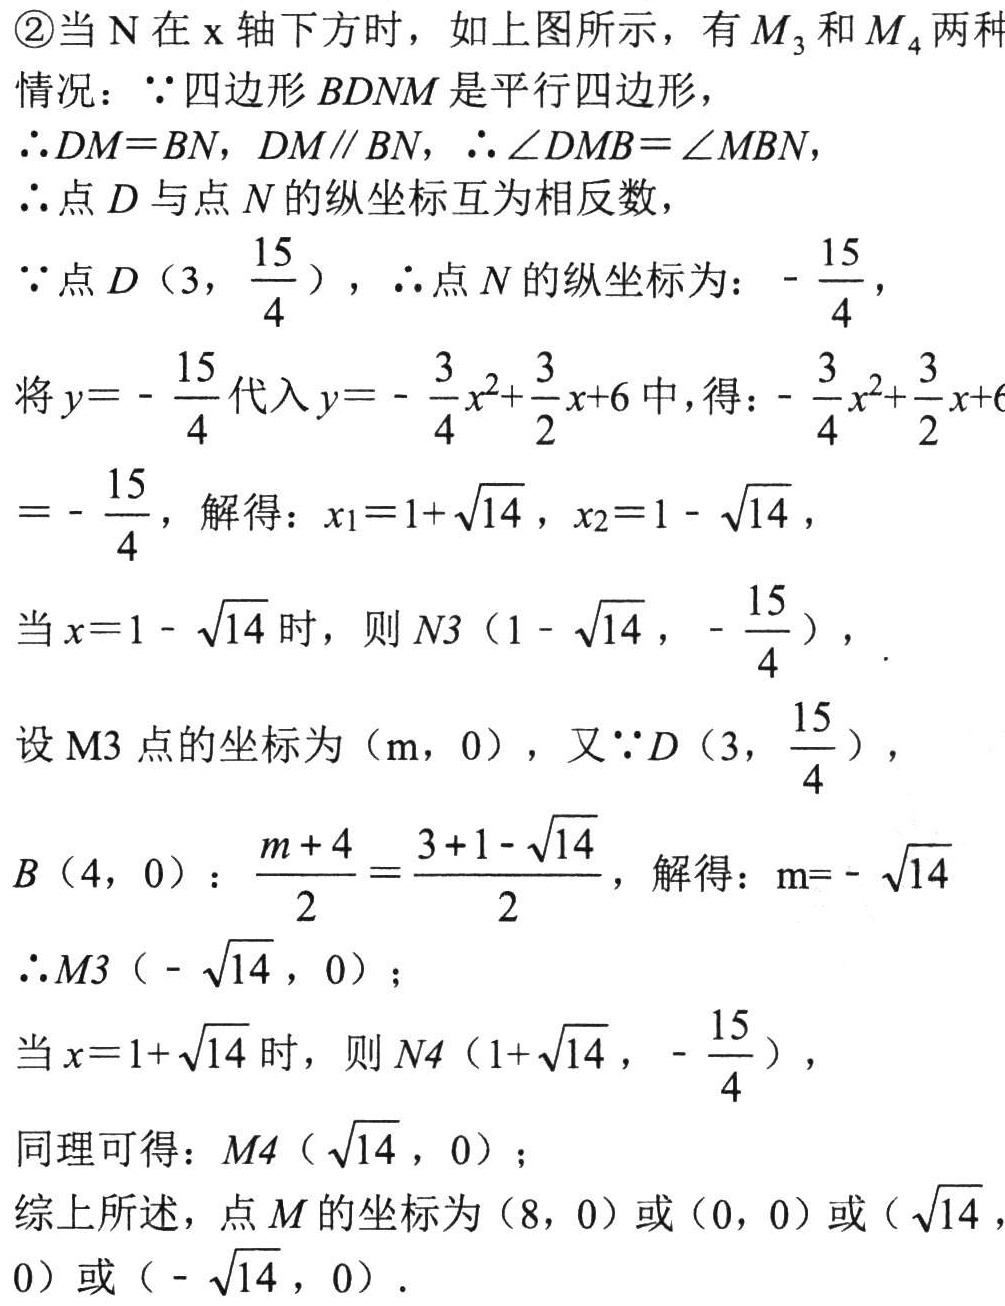
\textcircled{2}当 \(N\) 在 \(x\) 轴下方时，如上图所示，有 \(M_{3}\) 和 \(M_{4}\) 两种情况：\(\because\) 四边形 \(BDNM\) 是平行四边形，
\(\therefore DM = BN\)，\(DM\parallel BN\)，\(\therefore\angle DMB=\angle MBN\)，
\(\therefore\) 点 \(D\) 与点 \(N\) 的纵坐标互为相反数，
\(\because\) 点 \(D\left(3,\frac{15}{4}\right)\)，\(\therefore\) 点 \(N\) 的纵坐标为：\(-\frac{15}{4}\)，
将 \(y = -\frac{15}{4}\) 代入 \(y = -\frac{3}{4}x^{2}+\frac{3}{2}x + 6\) 中，得：\(-\frac{3}{4}x^{2}+\frac{3}{2}x + 6=-\frac{15}{4}\)，解得：\(x_{1}=1+\sqrt{14}\)，\(x_{2}=1 - \sqrt{14}\)，
当 \(x = 1-\sqrt{14}\) 时，则 \(N3\left(1-\sqrt{14},-\frac{15}{4}\right)\)，
设 \(M3\) 点的坐标为 \((m,0)\)，又 \(\because D\left(3,\frac{15}{4}\right)\)，
\(B(4,0)\)：\(\frac{m + 4}{2}=\frac{3 + 1-\sqrt{14}}{2}\)，解得：\(m=-\sqrt{14}\)
\(\therefore M3\left(-\sqrt{14},0\right)\)；
当 \(x = 1+\sqrt{14}\) 时，则 \(N4\left(1+\sqrt{14},-\frac{15}{4}\right)\)，
同理可得：\(M4\left(\sqrt{14},0\right)\)；
综上所述，点 \(M\) 的坐标为 \((8,0)\) 或 \((0,0)\) 或 \((\sqrt{14},0)\) 或 \((-\sqrt{14},0)\)．